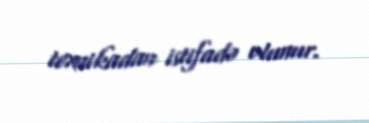
texnikadan istifadə olunur.